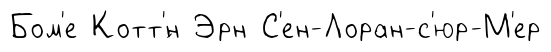
Бом'е Котт'́н Эрн С'ен-Лоран-с'юр-М'ер